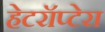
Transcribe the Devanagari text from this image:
हेटरॉप्टेरा